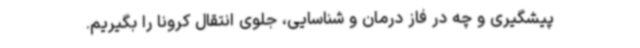
پیشگیری و چه در فاز درمان و شناسایی، جلوی انتقال کرونا را بگیریم.